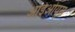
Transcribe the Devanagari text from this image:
आईओयूस